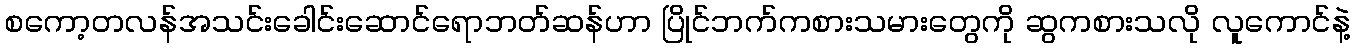
စကော့တလန်အသင်းခေါင်းဆောင်ရောဘတ်ဆန်ဟာ ပြိုင်ဘက်ကစားသမားတွေကို ဆွကစားသလို လူကောင်နဲ့